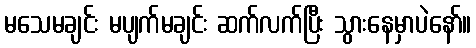
မသေမချင်း မပျက်မချင်း ဆက်လက်ပြီး သွားနေမှာပဲနော်။